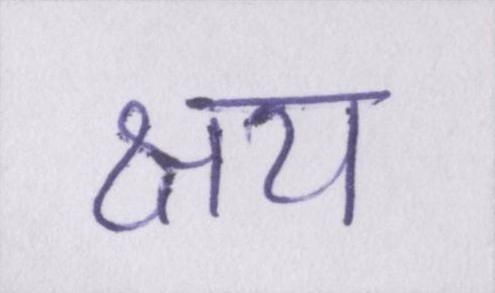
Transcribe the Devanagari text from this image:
क्षय